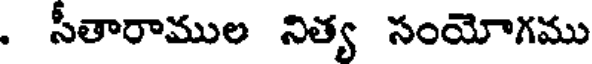
. సీతారాముల నిత్య సంయోగము